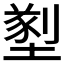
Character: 𡐂